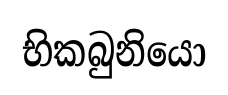
භිකබුනියො